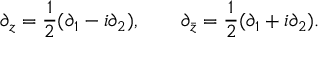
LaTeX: \partial _ { z } = \frac { 1 } { 2 } ( \partial _ { 1 } - i \partial _ { 2 } ) , \qquad \partial _ { \bar { z } } = \frac { 1 } { 2 } ( \partial _ { 1 } + i \partial _ { 2 } ) .